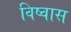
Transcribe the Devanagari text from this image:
विष्वास